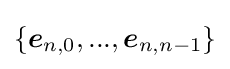
\{{\boldsymbol {e}}_{n,0},...,{\boldsymbol {e}}_{n,n-1}\}